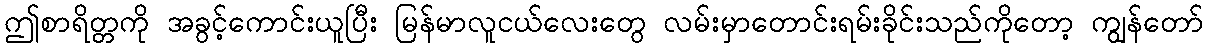
ဤစာရိတ္တကို အခွင့်ကောင်းယူပြီး မြန်မာလူငယ်လေးတွေ လမ်းမှာတောင်းရမ်းခိုင်းသည်ကိုတော့ ကျွန်တော်